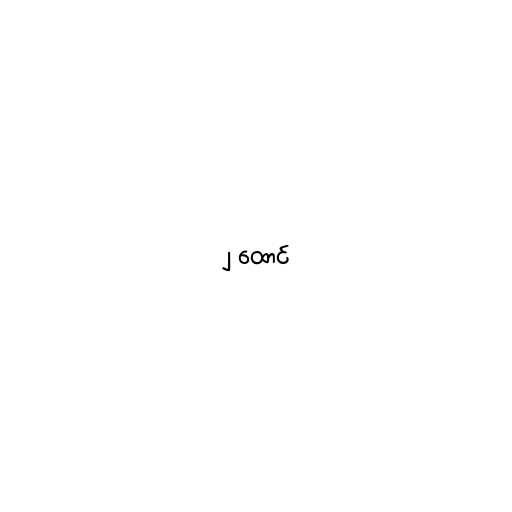
၂ ထောင်